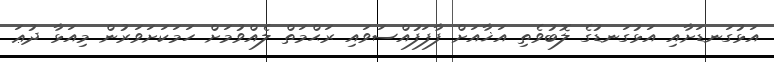
އަޅުގަނޑަށާއިި އަޅުގަނޑުގެ ލޮބުވެތި އަޚާއަށް ފާފަފުއްސަވައި ރަޙްމަތް ލެއްވުމަށް ހަމަކަށަވަރުން މިއަޅާ ދުޢަ